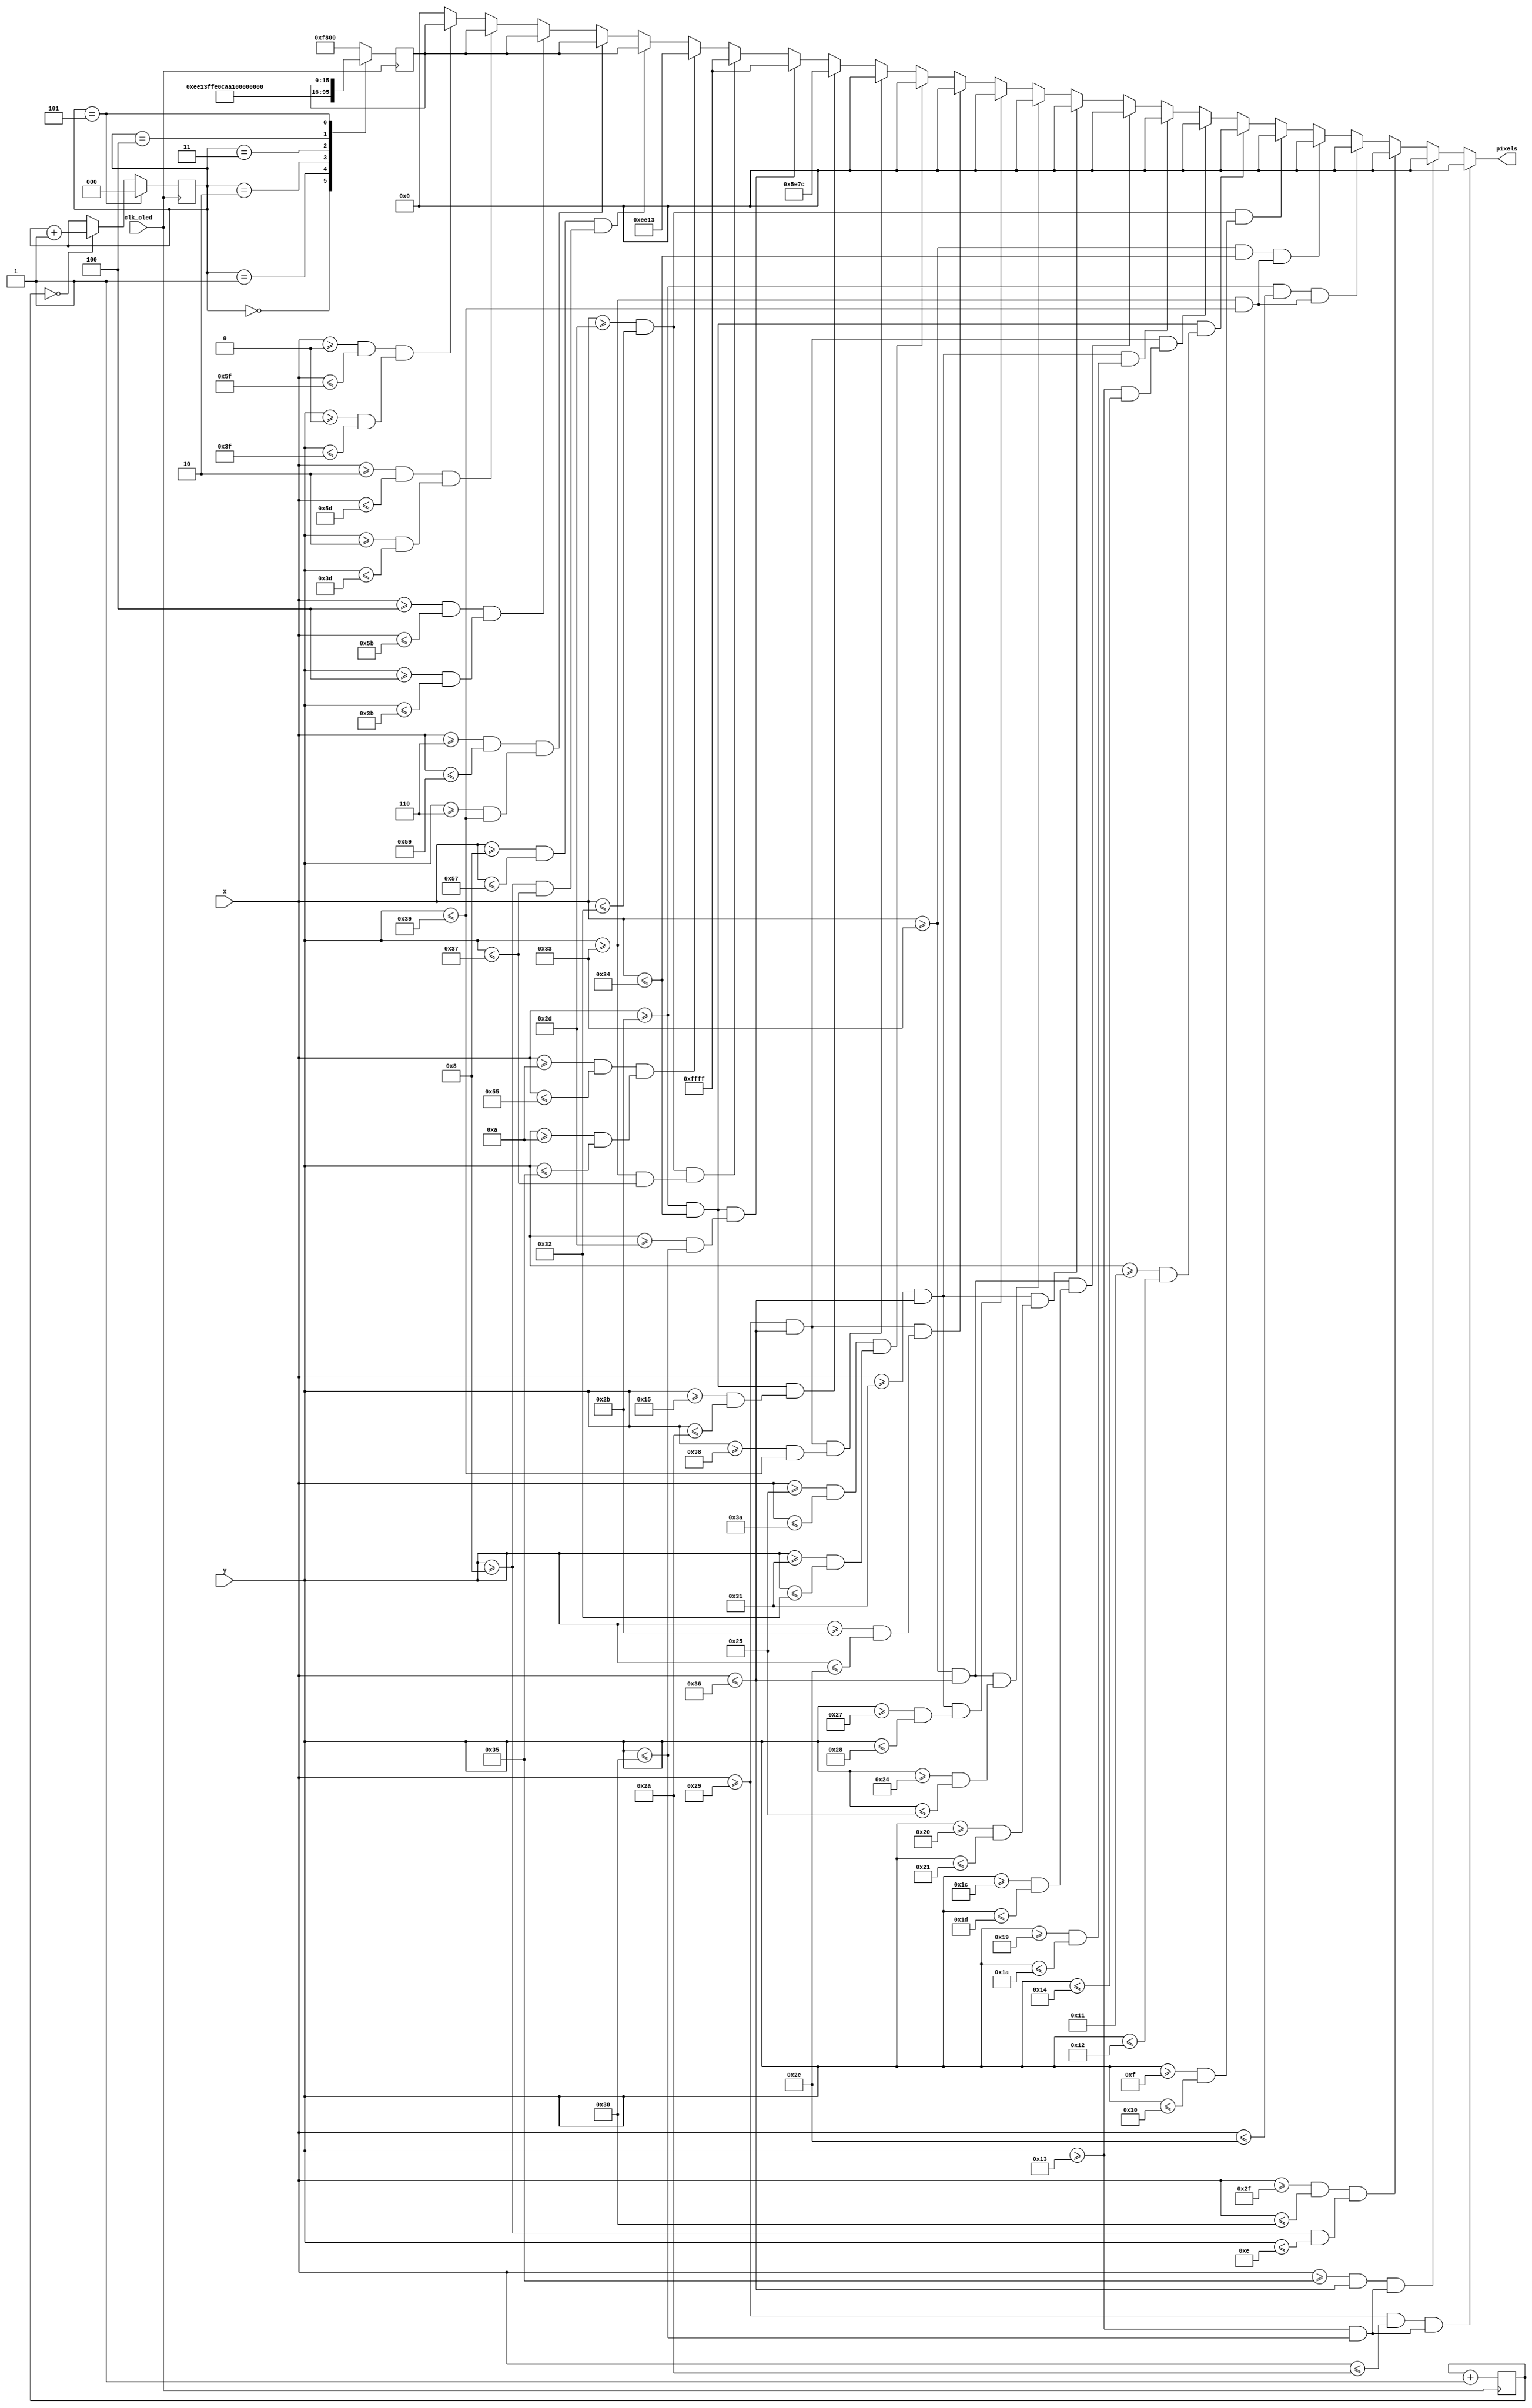
`timescale 1ns / 1ps
//////////////////////////////////////////////////////////////////////////////////
// Company: 
// Engineer: 
// 
// Design Name: 
// Module Name: vaccine_graphics
// Project Name: 
// Target Devices: 
// Tool Versions: 
// Description: 
// 
// Dependencies: 
// 
// Revision:
// Revision 0.01 - File Created
// Additional Comments:
// 
//////////////////////////////////////////////////////////////////////////////////


module vaccine_graphics(
    input [6:0] x,
    input [5:0] y,
    input clk_oled,
    output reg [15:0] pixels
    );
    
    reg [19:0] animation_count;
    reg [2:0] color_changer;
    reg [15:0] border_color;
    
    always @ (posedge clk_oled) begin
        animation_count <= animation_count + 1;
        
    end
    
    always @ (posedge clk_oled) begin
        if (!animation_count) color_changer <= color_changer + 1;
        case (color_changer)
            0: border_color <= 16'hEE13;
            1: border_color <= 16'hFFE0;
            2: border_color <= 16'hCAA0;
            3: border_color <= 16'hFD00;
            4: border_color <= 16'h001F;  
            5: color_changer <= 0;
            default: border_color <= 16'hF800;
        endcase
    end
    
    always @ (*) begin
//        Vaccine screen
        
//        Black outline
             if ((x >= 41 && x <= 42) && (y >= 19 && y <= 48)) pixels = 16'h0000;
        else if ((x >= 53 && x <= 54) && (y >= 19 && y <= 48)) pixels = 16'h0000;
        else if ((x >= 47 && x <= 48) && (y >= 8 && y <= 14))  pixels = 16'h0000;
        else if ((x >= 43 && x <= 44) && (y >= 51 && y <= 57)) pixels = 16'h0000;
        else if ((x >= 51 && x <= 52) && (y >= 51 && y <= 57)) pixels = 16'h0000;
        else if ((x >= 45 && x <= 50) && (y >= 15 && y <= 16)) pixels = 16'h0000;
        else if ((x >= 43 && x <= 52) && (y >= 17 && y <= 18)) pixels = 16'h0000;
        else if ((x >= 41 && x <= 54) && (y >= 19 && y <= 20)) pixels = 16'h0000;
        else if ((x >= 49 && x <= 54) && (y >= 25 && y <= 26)) pixels = 16'h0000;
        else if ((x >= 51 && x <= 54) && (y >= 28 && y <= 29)) pixels = 16'h0000;
        else if ((x >= 49 && x <= 54) && (y >= 32 && y <= 33)) pixels = 16'h0000;
        else if ((x >= 51 && x <= 54) && (y >= 36 && y <= 37)) pixels = 16'h0000;
        else if ((x >= 49 && x <= 54) && (y >= 39 && y <= 40)) pixels = 16'h0000;
        else if ((x >= 41 && x <= 54) && (y >= 43 && y <= 44)) pixels = 16'h0000;
        else if ((x >= 37 && x <= 58) && (y >= 49 && y <= 50)) pixels = 16'h0000;
        else if ((x >= 41 && x <= 54) && (y >= 56 && y <= 57)) pixels = 16'h0000;
        
//        Blue blocks
        else if ((x >= 43 && x <= 52) && (y >= 21 && y <= 42)) pixels = 16'h5E7C;
        
//        White blocks
        else if ((x >= 43 && x <= 52) && (y >= 45 && y <= 48)) pixels = 16'hFFFF;
        else if ((x >= 45 && x <= 50) && (y >= 51 && y <= 55 )) pixels = 16'hFFFF;
        
//        Yellow background
        else if ((x >= 10 && x <= 85) && (y >= 10 && y <= 53)) pixels = 16'hEE13;
        
//        Beige
        else if ((x >= 8 && x <= 87) && (y >= 8 && y <= 55)) pixels = border_color;
        
//        Light brown
        else if ((x >= 6 && x <= 89) && (y >= 6 && y <= 57)) pixels = border_color;
        
//        Orange
        else if ((x >= 4 && x <= 91) && (y >= 4 && y <= 59)) pixels = border_color;
        
//        Red
        else if ((x >= 2 && x <= 93) && (y >= 2 && y <= 61)) pixels = border_color;
        
//        Purple
        else if ((x >= 0 && x <= 95) && (y >= 0 && y <= 63)) pixels = border_color;
        else pixels = 16'h0000;
    end

endmodule